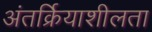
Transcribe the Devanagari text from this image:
अंतर्क्रियाशीलता